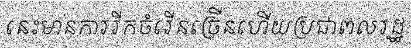
នេះមានការរីកចំរើនច្រើនហើយប្រជាពលរដ្ឋ